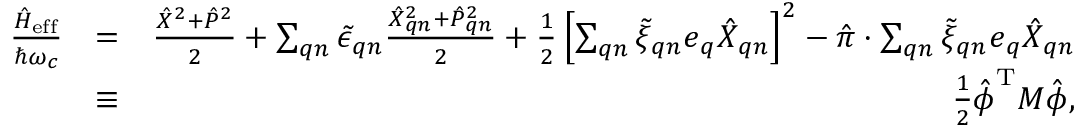
\begin{array} { r l r } { \frac { \hat { H } _ { \mathrm { e f f } } } { \hbar \omega _ { c } } } & { = } & { \frac { \hat { X } ^ { 2 } + \hat { P } ^ { 2 } } { 2 } + \sum _ { \boldsymbol { q } n } \tilde { \epsilon } _ { \boldsymbol { q } n } \frac { \hat { X } _ { \boldsymbol { q } n } ^ { 2 } + \hat { P } _ { \boldsymbol { q } n } ^ { 2 } } { 2 } + \frac { 1 } { 2 } \left[ \sum _ { \boldsymbol { q } n } \tilde { \xi } _ { \boldsymbol { q } n } \boldsymbol { e } _ { \boldsymbol { q } } \hat { X } _ { \boldsymbol { q } n } \right] ^ { 2 } - \hat { \boldsymbol { \pi } } \cdot \sum _ { \boldsymbol { q } n } \tilde { \xi } _ { \boldsymbol { q } n } \boldsymbol { e } _ { \boldsymbol { q } } \hat { X } _ { \boldsymbol { q } n } } \\ & { \equiv } & { \frac { 1 } { 2 } \hat { \boldsymbol { \phi } } ^ { \mathrm { T } } M \hat { \boldsymbol { \phi } } , } \end{array}